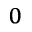
^ 0